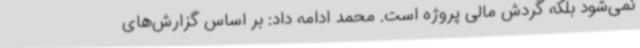
نمی‌شود بلکه گردش مالی پروژه است. محمد ادامه داد: بر اساس گزارش‌های